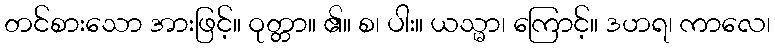
တင်စားသော အားဖြင့်။ ဝုတ္တာ။ ၏။ စ၊ ပါး။ ယသ္မာ၊ ကြောင့်။ ဒဟရ၊ ကာလေ၊